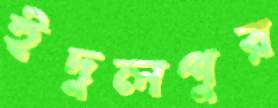
ইদুলপুর